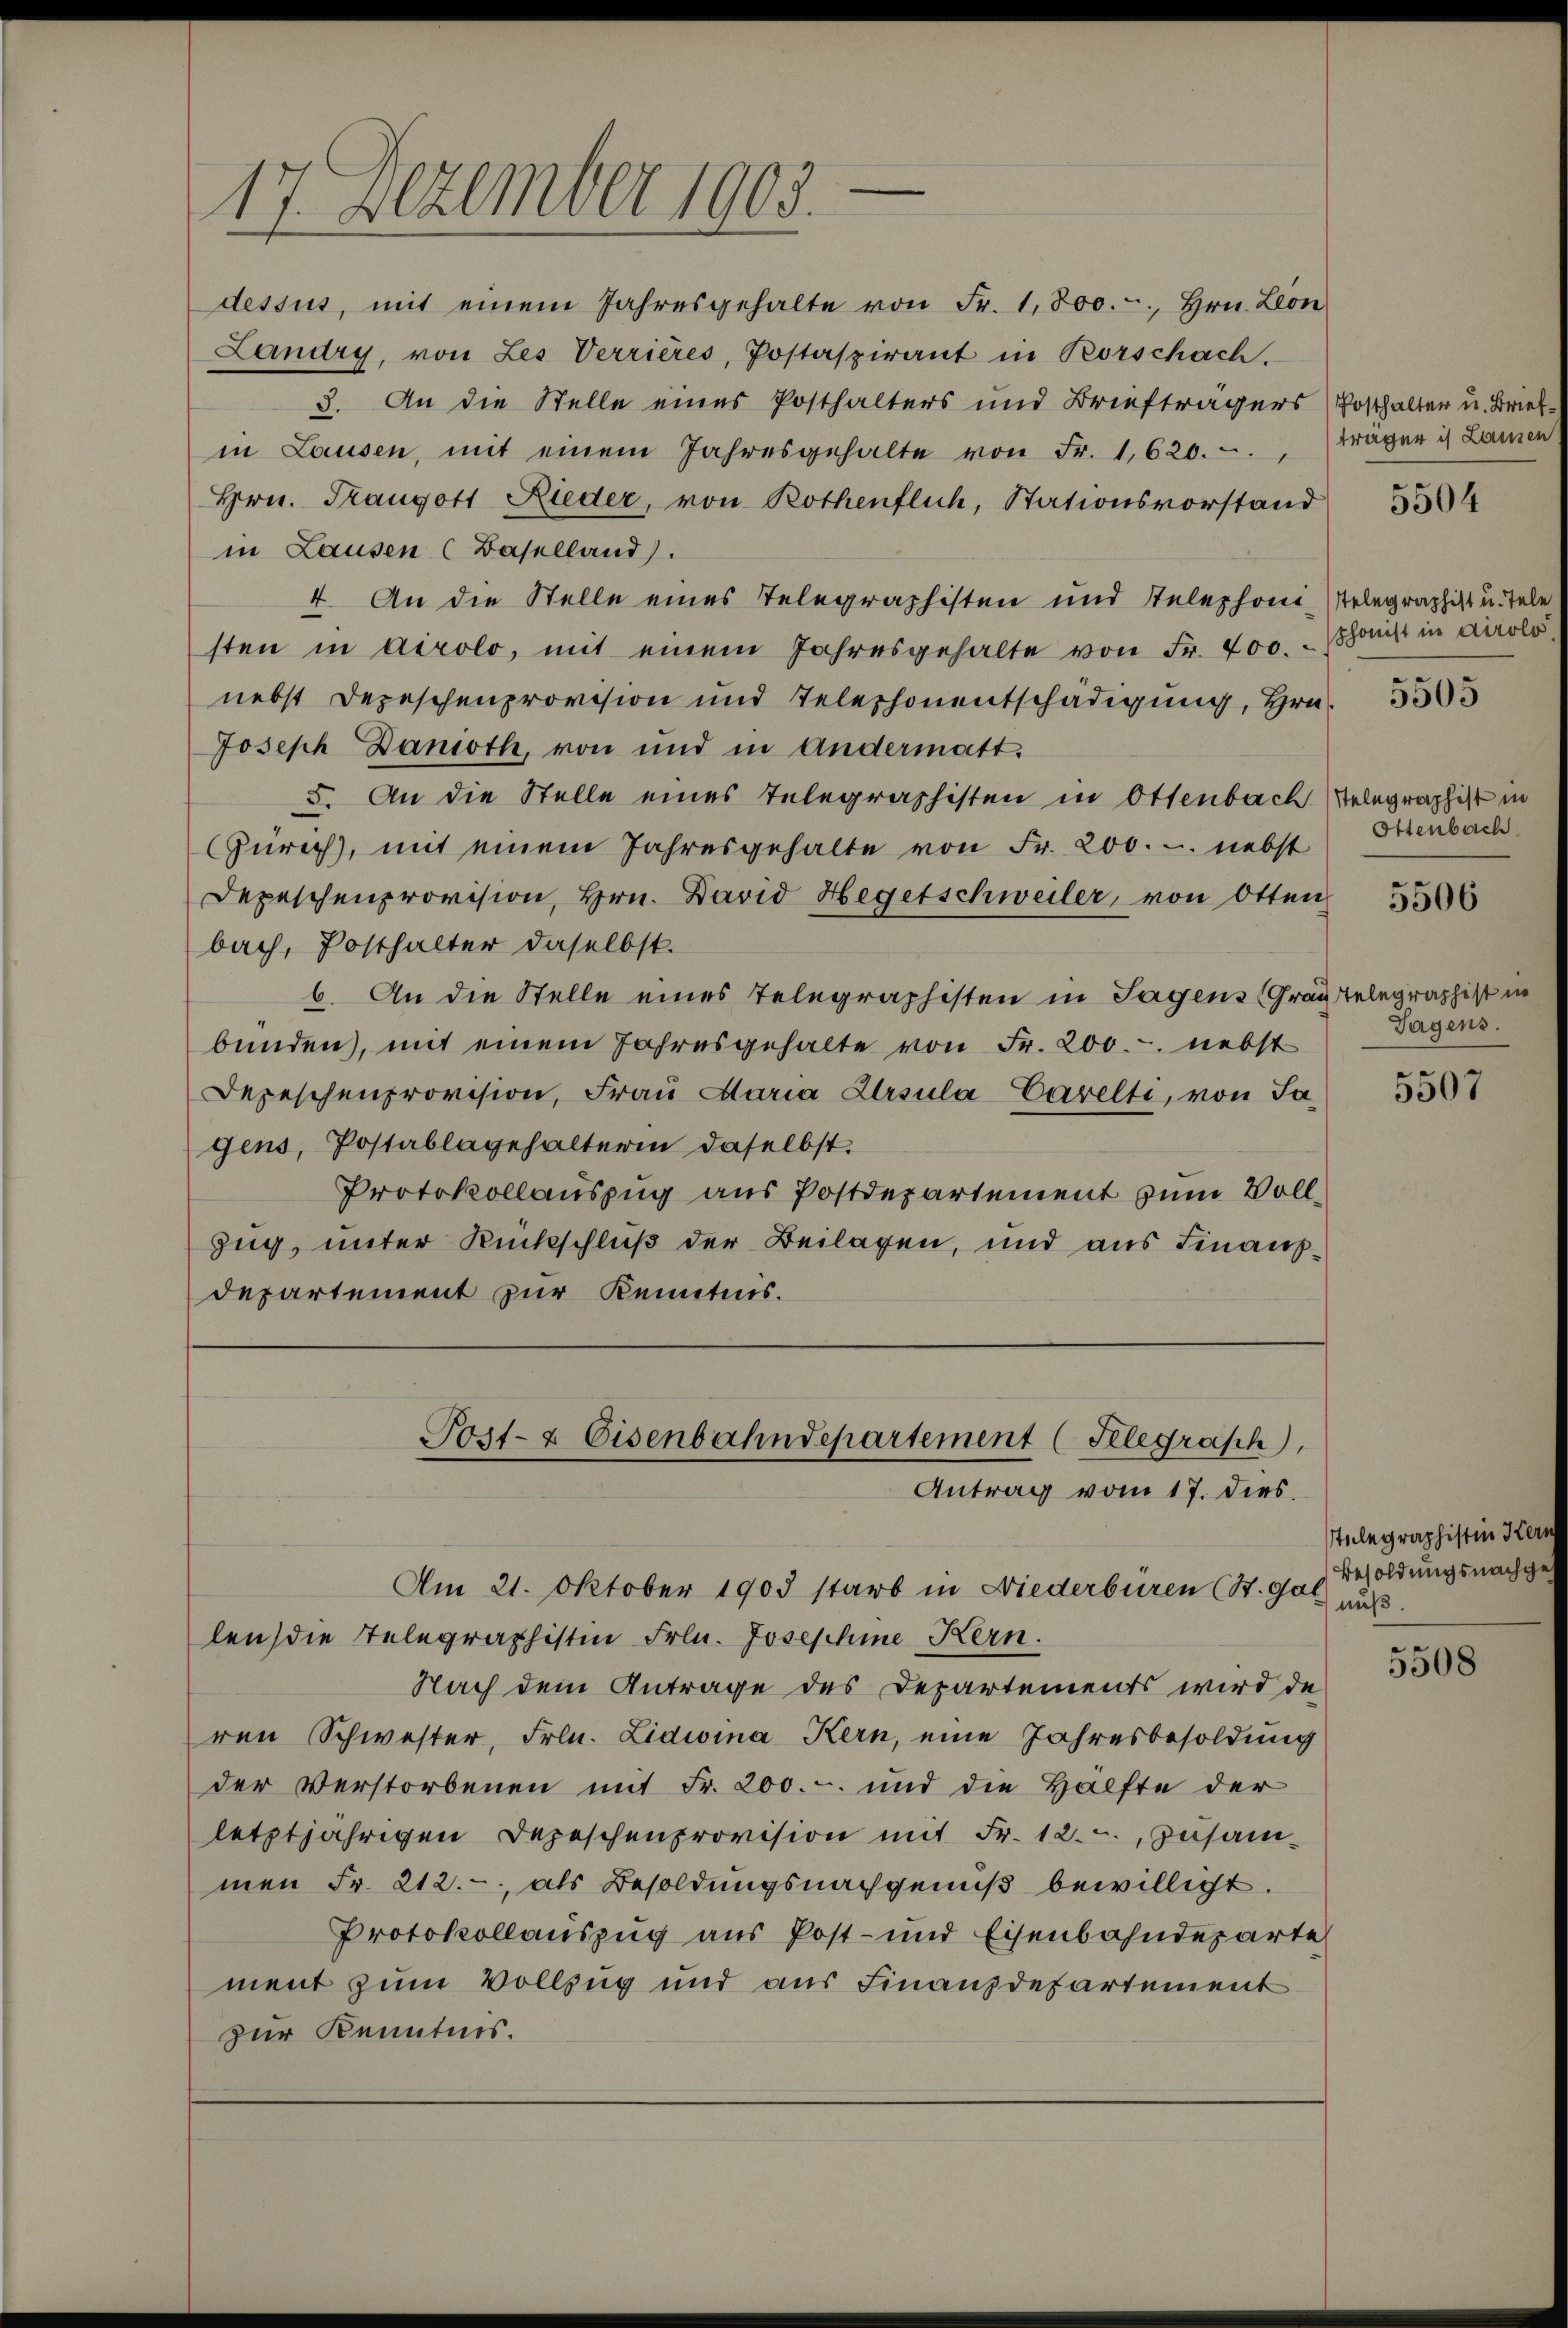
1
21. Dezember 1905.
dessus, mit einem Jahresgehalte von Fr. 1,800.-, Hrn. Leon

Landry, von Les Verrieres, Postaspirant in Rorschach.
3. An die Stelle eines Posthalters und Briefträgers (Posthalter u. Briefin Lausen, mit einem Jahresgehalte von Fr. 1,620., träger is Lauren
Hrn. Taugott Rieder, von Rothenflich, Stationsvorstand
in Lausen (Baselland).
4. An die Stelle eines Telegraphisten und Stelephoni Telegraphist u. Tele
sten in Airolo, mit einem Jahresgehalte von Fr. 400. - Schaft in Airolo
nebst Depeschenprovision und Teleschonentschädigung, Hrn. 333
Joseph Danioth, von und in Andermatt.
5. An die Stelle eines Telegraphisten in Ottenbach Telegraphist in
Zürich, mit einem Jahresgehalte von Fr. 200. u. nebst
Depeschenprovision, Hrn. David Hegetschweiler, von Otten
bach, Posthalter daselbst.
6. An die Stelle eines Telegraphisten in Sagens (Gräntelegraphist in
bünden, mit einem Jahresgehalte von Fr. 200. nebst
Depeschenprovision, Frau Maria Ursula Carelti, von Sagens, Postablagehalterin daselbst.
Protokollauszug aus Postdepartement zum Voll¬
Zug, unter Rückschluß der Beilagen, und aus Finanzdepartement zur Kenntnis.

5504

Post- & Eisenbahndepartement (Telegraph
Antrag vom 17. dies

Am 21. Oktober 1903 starb in Niederbüren (St. Gal
len, die Telegraphistin Frln. Josephine Kern.
Nach dem Antrage des Departements wird de
ren Schwester, Frln. Lidwina Kern, eine Jahresbesoldung
der Verstorbenen mit Fr. 200.- und die Hälfte der
letztjährigen Depeschenprovision mit Fr. 12. u. zusammen Fr. 212., als Besoldungsnachgenuß bewilligt.
Protokollauszug aus Post- und Eisenbahndeparte
ment zum Vollzug und aus Finanzdepartement
zur Kenntnis.

Ottenbach.

5506

Tagens.

5507

telegraphistin Kern
Besoldungsnachgenuß.

5508